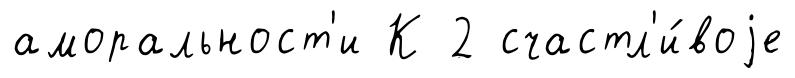
аморальност'и К 2 счастл'и́воjе